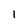
Character: 1